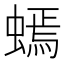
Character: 䗡